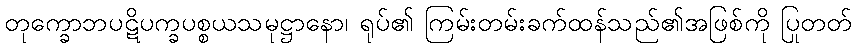
တုက္ခောဘပဋိပက္ခပစ္စယသမုဋ္ဌာနော၊ ရုပ်၏ ကြမ်းတမ်းခက်ထန်သည်၏အဖြစ်ကို ပြုတတ်